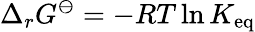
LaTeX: \Delta_{r}G^{\ominus}=-RT\ln K_{\mathrm{eq}}